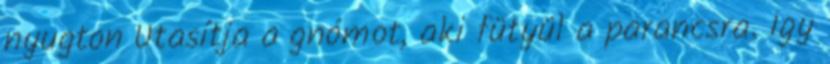
nyugton Utasítja a gnómot, aki fütyül a parancsra. Így